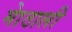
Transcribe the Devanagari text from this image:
माेठाली